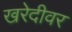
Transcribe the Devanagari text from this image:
खरेदीवर